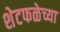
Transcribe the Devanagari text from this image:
शेटफळेच्या